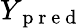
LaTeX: Y_{\mathrm{~p~r~e~d~}}